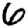
Digit: 6